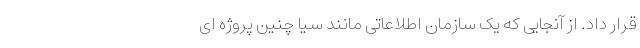
قرار داد. از آنجایی که یک سازمان اطلاعاتی مانند سیا چنین پروژه ای